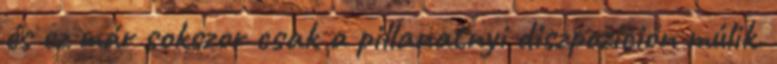
és ez már sokszor csak a pillanatnyi diszpozíción múlik.